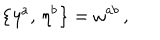
\bigl \{ \eta ^ { a } , \, \eta ^ { b } \bigr \} = \omega ^ { a b } \, ,